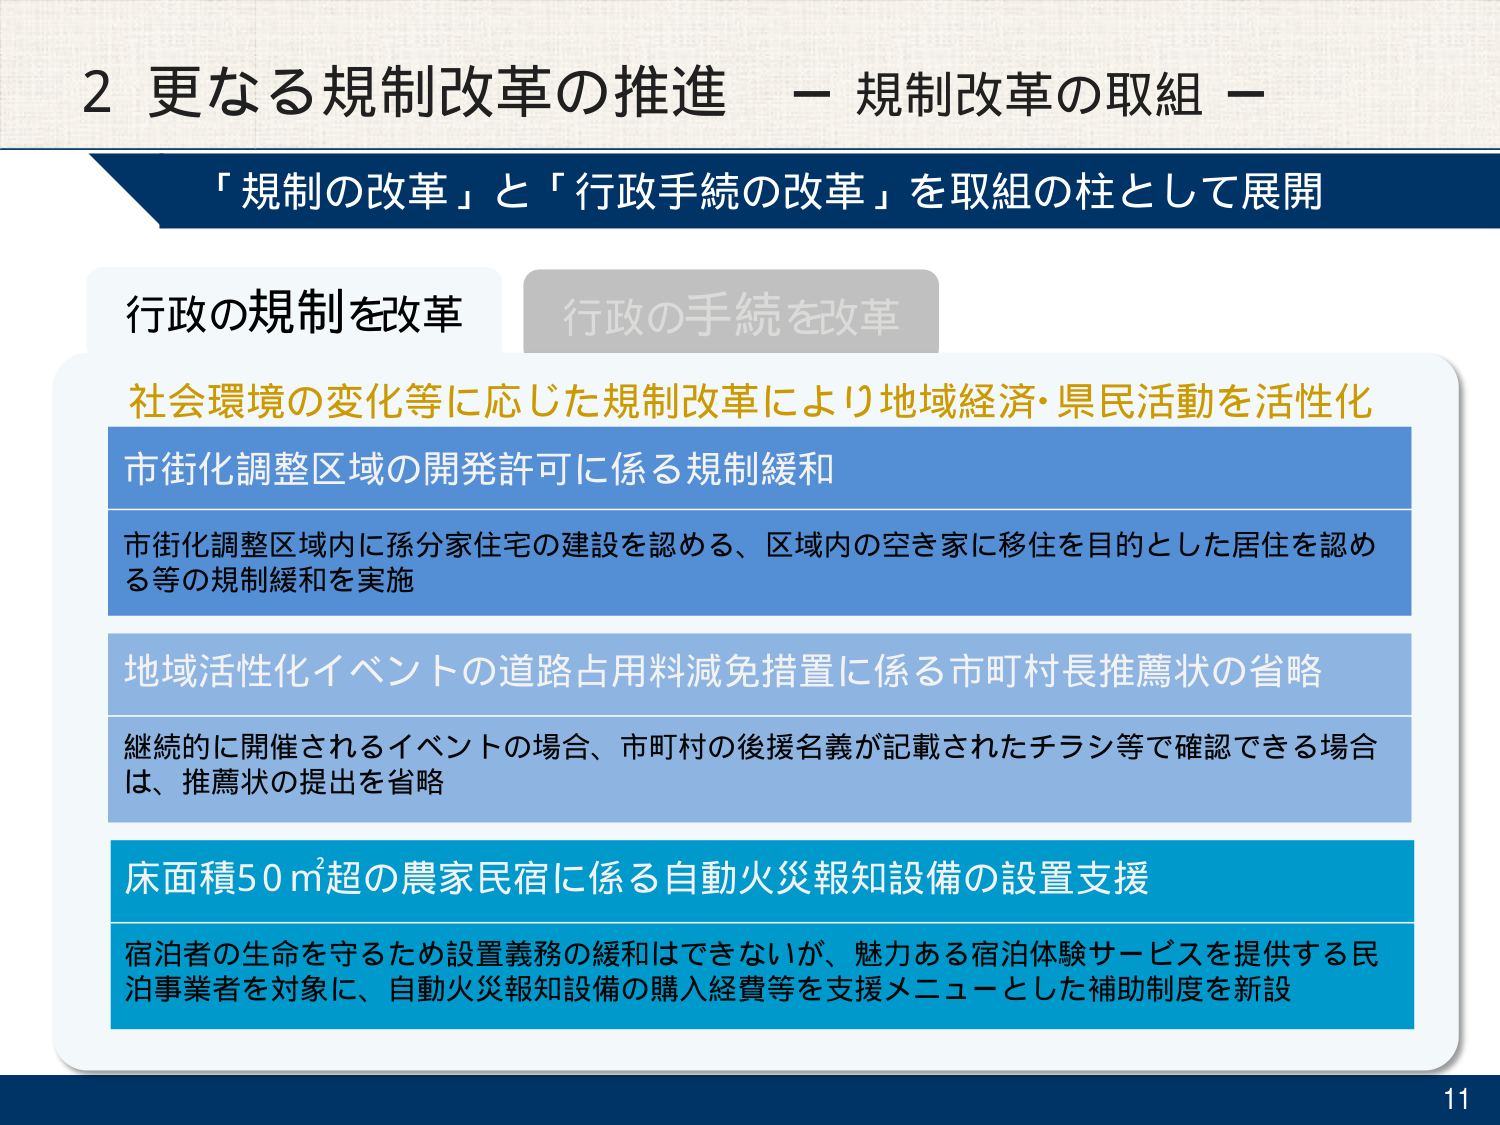
2 更なる規制改革の推進 － 規制改革の取組 －
「規制の改革」と「行政手続の改革」を取組の柱として展開

行政の規制を改革
行政の手続を改革

社会環境の変化等に応じた規制改革により地域経済・県民活動を活性化

市街化調整区域の開発許可に係る規制緩和
市街化調整区域内に孫分家住宅の建設を認める、区域内の空き家に移住を目的とした居住を認める等の規制緩和を実施

地域活性化イベントの道路占用料減免措置に係る市町村長推薦状の省略
継続的に開催されるイベントの場合、市町村の後援名義が記載されたチラシ等で確認できる場合は、推薦状の提出を省略

床面積50㎡超の農家民宿に係る自動火災報知設備の設置支援
宿泊者の生命を守るため設置義務の緩和はできないが、魅力ある宿泊体験サービスを提供する民宿事業者を対象に、自動火災報知設備の購入経費等を支援メニューとした補助制度を新設

11